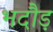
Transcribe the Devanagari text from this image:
भदौड़